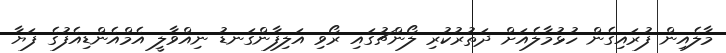
މާލެއިން ފުރައިގެން ހުޅުމާލެއަށް ދަތުރުކުރި ލޯންޗުގައި ރޯވި އަލިފާންގަނޑު ނިއްވާލީ އެމްއެންޑިއެފުގެ ފަޔާ